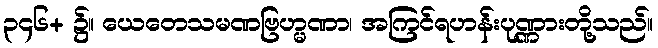
၃၄၆+ ၌။ ယေတေသမဏဗြဟ္မဏာ၊ အကြင်ရဟန်းပုဏ္ဏားတို့သည်။